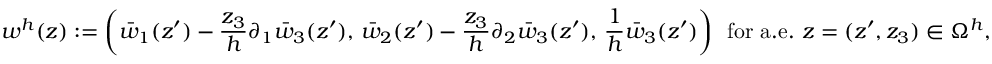
w ^ { h } ( z ) : = \left( \bar { w } _ { 1 } ( z ^ { \prime } ) - \frac { z _ { 3 } } { h } \partial _ { 1 } \bar { w } _ { 3 } ( z ^ { \prime } ) , \, \bar { w } _ { 2 } ( z ^ { \prime } ) - \frac { z _ { 3 } } { h } \partial _ { 2 } \bar { w } _ { 3 } ( z ^ { \prime } ) , \, \frac { 1 } { h } \bar { w } _ { 3 } ( z ^ { \prime } ) \right) \, \mathrm { ~ f o r ~ a . e . ~ } z = ( z ^ { \prime } , z _ { 3 } ) \in \Omega ^ { h } ,